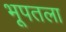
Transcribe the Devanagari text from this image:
भूपतला